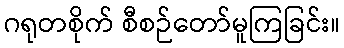
ဂရုတစိုက် စီစဉ်တော်မူကြခြင်း။